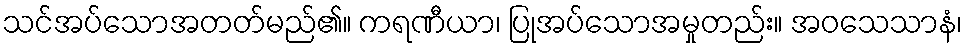
သင်အပ်သောအတတ်မည်၏။ ကရဏီယာ၊ ပြုအပ်သောအမှုတည်း။ အဝသေသာနံ၊